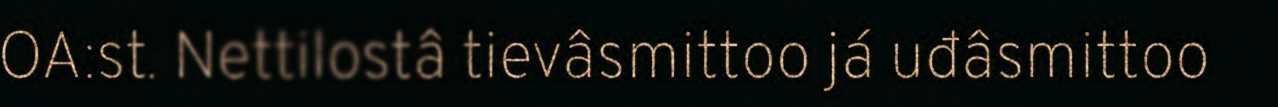
OA:st. Nettilostâ tievâsmittoo já uđâsmittoo